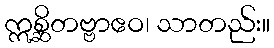
ဣစ္ဆိတဗ္ဗာဧဝ၊ သာတည်း။